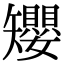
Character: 𥐑